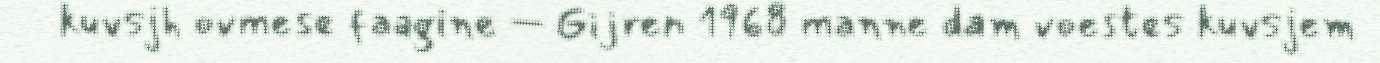
kuvsjh ovmese faagine – Gijren 1968 manne dam voestes kuvsjem